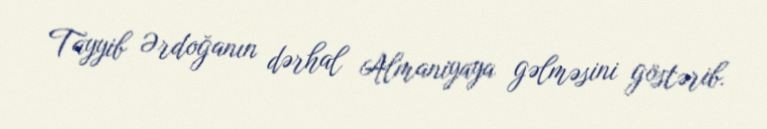
Tayyib Ərdoğanın dərhal Almaniyaya gəlməsini göstərib.